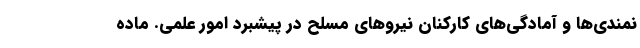
نمندی­ها و آمادگی­های کارکنان نیروهای مسلح در پیشبرد امور علمی. ماده